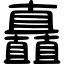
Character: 矗